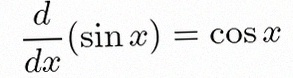
\frac{d}{dx}(\sin x)=\cos x